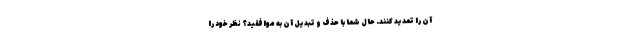
آن را تمدید کنند. حال شما با حذف و تبدیل آن به موافقید؟ نظر خود را